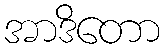
အာဒိတော